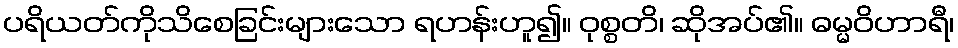
ပရိယတ်ကိုသိစေခြင်းများသော ရဟန်းဟူ၍။ ဝုစ္စတိ၊ ဆိုအပ်၏။ ဓမ္မဝိဟာရီ၊